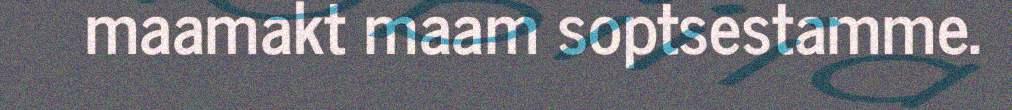
maamakt maam soptsestamme.